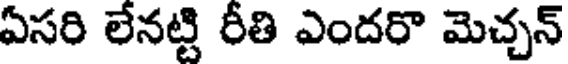
ఏసరి లేనట్టి రీతి ఎందరొ మెచ్చన్